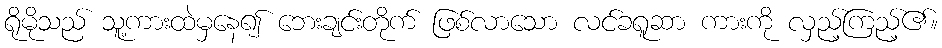
ရိုမိုသည် သူ့ကားထဲမှနေ၍ ဘေးချင်းတိုက် ဖြစ်လာသော လင်ခရူဆာ ကားကို လှည့်ကြည့်၏။